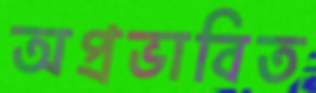
অপ্রভাবিত